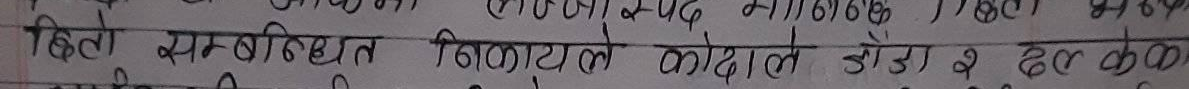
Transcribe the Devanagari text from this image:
टिल सम्बन्धिात निकाटले कोडालले जोडा २ हल कल